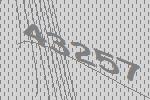
43257